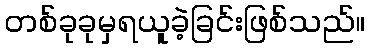
တစ်ခုခုမှရယူခဲ့ခြင်းဖြစ်သည်။